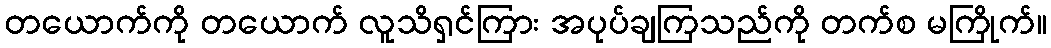
တယောက်ကို တယောက် လူသိရှင်ကြား အပုပ်ချကြသည်ကို တက်စ မကြိုက်။